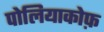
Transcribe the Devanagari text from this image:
पोलियाकोफ़